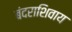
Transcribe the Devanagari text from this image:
बंदराशिवाय